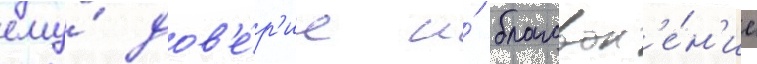
ему́ дов'е́р'ие и́ благовол'е́н'ие